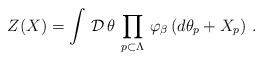
LaTeX: \begin{align*}\left. Z (X) = \int \, {\cal D} \, \theta \, \prod_{p \subset\Lambda} \, \varphi_{\beta} \, ( d \theta_{p} + X_{p} ) \ . \right.\end{align*}